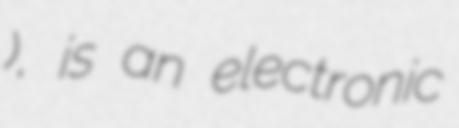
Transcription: بانکی), is an electronic